Burma Government Medical School reports 1923-41
Year: 1923
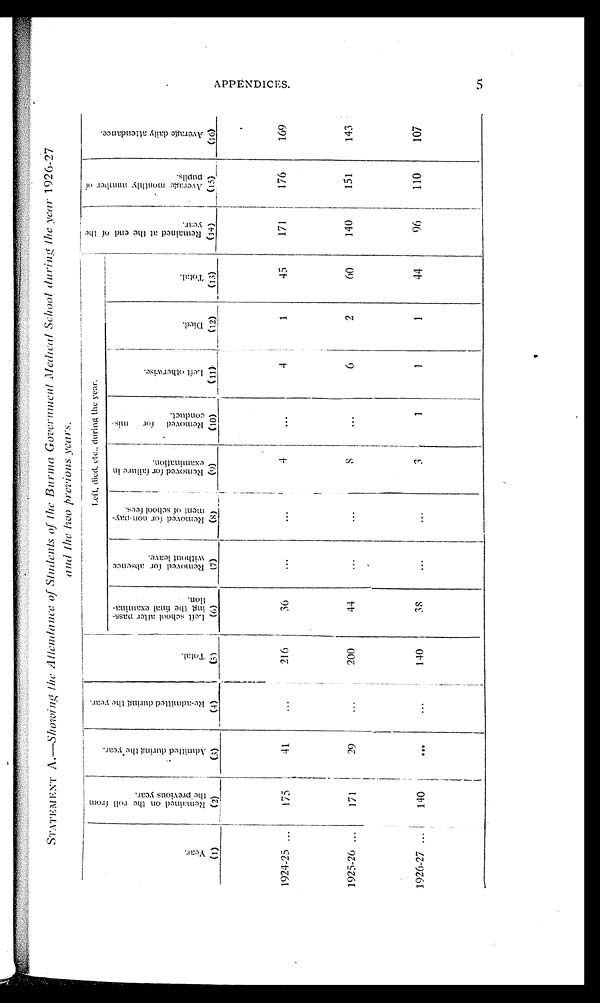
STATEMENT A.—Showing the Attendance of Students of the Burma Government Medical School during the year 1926-27
and the two previous years.
Year.
R e m a i n e d o n t h e r o l l f r o m
t h e p r e v i o u s y e a r .
A d m i t t e d d u r i n g t h e y e a r .
R e - a d m i t t e d d u r i n g t h e y e a r .
T o t a l .
Left, died, etc., during the year.
R e m a i n e d a t t h e e n d o f t h e y e a r .
A v e r a g e m o n t h l y n u m b e r o f p u p i l s .
A v e r a g e d a i l y a t t e n d a n c e .
L e f t s c h o o l a f t e r p a s s -
i n g t h e f i n a l e x a m i n a -
tion.
R e m o v e d f o r a b s e n c e
w i t h o u t l e a v e .
R e m o v e d f o r n o n - p a y -
m e n t o f s c h o o l f e e s .
R e m o v e d f o r f a i l u r e i n e x a m i n a t i o n .
R e m o v e d f o r m i s -
c o n d u c t .
L e f t o t h e r w i s e .
Died.
T o t a l .
(1)
(2)
(3)
(4)
(5)
(6)
(7)
(8)
(9)
(10)
(11)
(12)
(13)
(14)
(15)
(16)
1924-25 ...
175
41
...
216
36
...
...
4
...
4 1
45
171
176
169
1925-26 ...
171
29
...
200
44
...
...
8
...
6
2
60
140
151
143
1926-27 ...
140
...
...
140
38
...
...
3
1
1
1
44
96
110
107